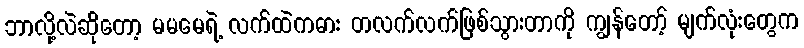
ဘာလို့လဲဆိုတော့ မမမေရဲ့ လက်ထဲကဓား တလက်လက်ဖြစ်သွားတာကို ကျွန်တော့် မျက်လုံးတွေက